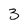
Character: 3